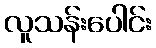
လူသန်းပေါင်း